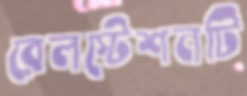
রেলস্টেশনটি